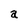
Character: a